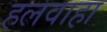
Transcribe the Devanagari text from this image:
हलवाहा